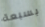
بسبعة